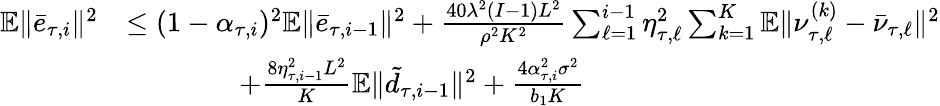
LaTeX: \begin{array}{rl}{\mathbb{E}\| \bar{e}_{\tau,i}\| ^{2}}&{\leq(1-\alpha_{\tau,i})^{2}\mathbb{E}\| \bar{e}_{\tau,i-1}\| ^{2}+\frac{40\lambda^{2}(I-1)L^{2}}{\rho^{2}K^{2}}\sum_{\ell=1}^{i-1}\eta_{\tau,\ell}^{2}\sum_{k=1}^{K}\mathbb{E}\| \nu_{\tau,\ell}^{(k)}-\bar{\nu}_{\tau,\ell}\| ^{2}}\\ &{\qquad\qquad+\frac{8\eta_{\tau,i-1}^{2}L^{2}}{K}\mathbb{E}\| \tilde{d}_{\tau,i-1}\| ^{2}+\frac{4\alpha_{\tau,i}^{2}\sigma^{2}}{b_{1}K}}\end{array}